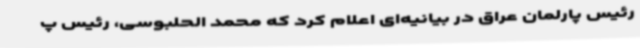
رئیس پارلمان عراق در بیانیه‌ای اعلام کرد که محمد الحلبوسی، رئیس پ